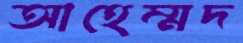
আহেম্মদ